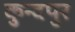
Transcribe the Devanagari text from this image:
कुन्दपुर